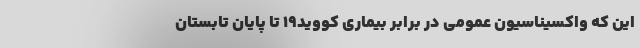
این که واکسیناسیون عمومی در برابر بیماری کووید۱۹ تا پایان تابستان